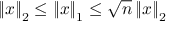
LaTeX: \left\| x \right\| _ { 2 } \leq \left\| x \right\| _ { 1 } \leq { \sqrt { n } } \left\| x \right\| _ { 2 }